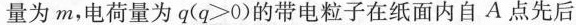
量为m，电荷量为q(q＞0)的带电粒子在纸面内自A点先后